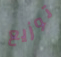
توزيع